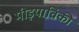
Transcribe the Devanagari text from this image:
मीड़याविकी